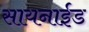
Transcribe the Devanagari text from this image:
सायनाईड